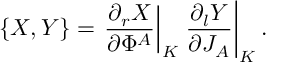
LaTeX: \{ X , Y \} = \left. { \frac { \partial _ { r } X } { \partial \Phi ^ { A } } } \right| _ { K } \left. { \frac { \partial _ { l } Y } { \partial J _ { A } } } \right| _ { K } .